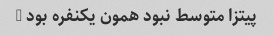
پیتزا متوسط نبود همون یکنفره بود …